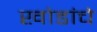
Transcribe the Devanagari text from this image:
खोडांचे